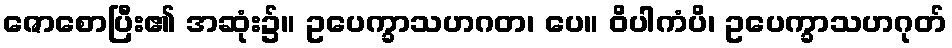
ဇောစောပြီး၏ အဆုံး၌။ ဥပေက္ခာသဟဂတ၊ ပေ။ ဝိပါကံပိ၊ ဥပေက္ခာသဟဂုတ်